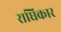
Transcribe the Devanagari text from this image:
राधिकार